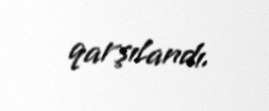
qarşılandı.